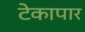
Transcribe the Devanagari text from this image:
टेकापार